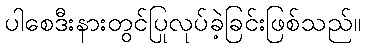
ပါစေဒီးနားတွင်ပြုလုပ်ခဲ့ခြင်းဖြစ်သည်။